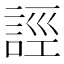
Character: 誙